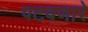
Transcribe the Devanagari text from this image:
पटवणारे